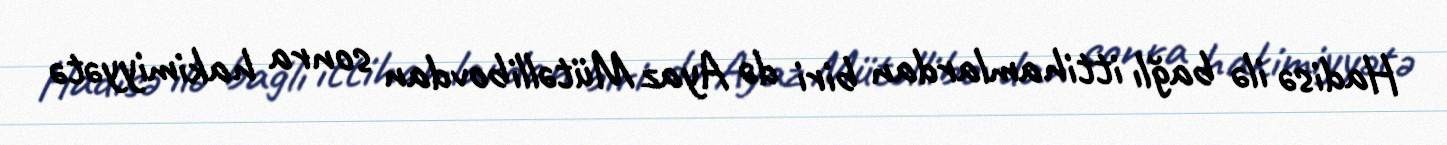
Hadisə ilə bağlı ittihamlardan biri də Ayaz Mütəllibovdan sonra hakimiyyətə